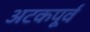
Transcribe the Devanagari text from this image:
अटकपूर्व